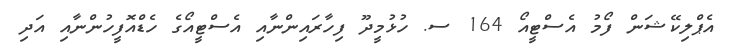
އެޕްލިކޭޝަން ފޯމު އެސްޓީއޯ 164 ސ. ހުޅުމީދޫ ފިހާރައިންނާއި އެސްޓީއޯގެ ހެޑްއޮފީހުންނާއި އަދި